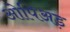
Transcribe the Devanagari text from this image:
ओपिअड़